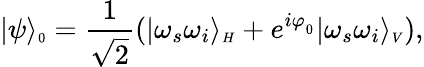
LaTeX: |\psi\rangle_{\scriptscriptstyle 0}=\frac{1}{\sqrt{2}}(|\omega_{s}\omega_{i}\rangle_{\scriptscriptstyle H}+e^{i\varphi_{_0}}|\omega_{s}\omega_{i}\rangle_{\scriptscriptstyle V}),